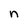
Character: n